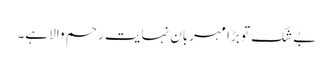
بے شک تو بڑا مہربان نہایت رحم والا ہے۔